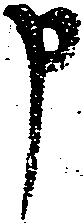
申